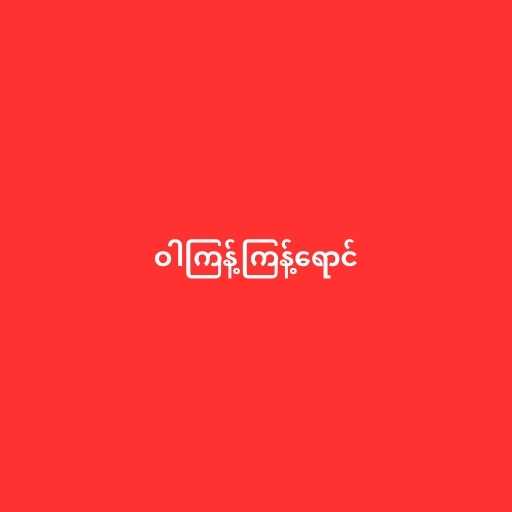
ဝါကြန့်ကြန့်ရောင်